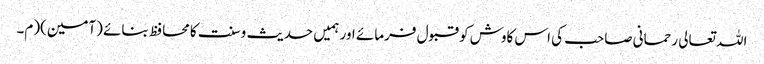
اللہ تعالی رحمانی صاحب کی اس کاوش کو قبول فرمائے اور ہمیں حدیث وسنت کامحافظ بنائے (آمین)(م۔